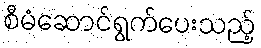
စီမံဆောင်ရွက်ပေးသည့်